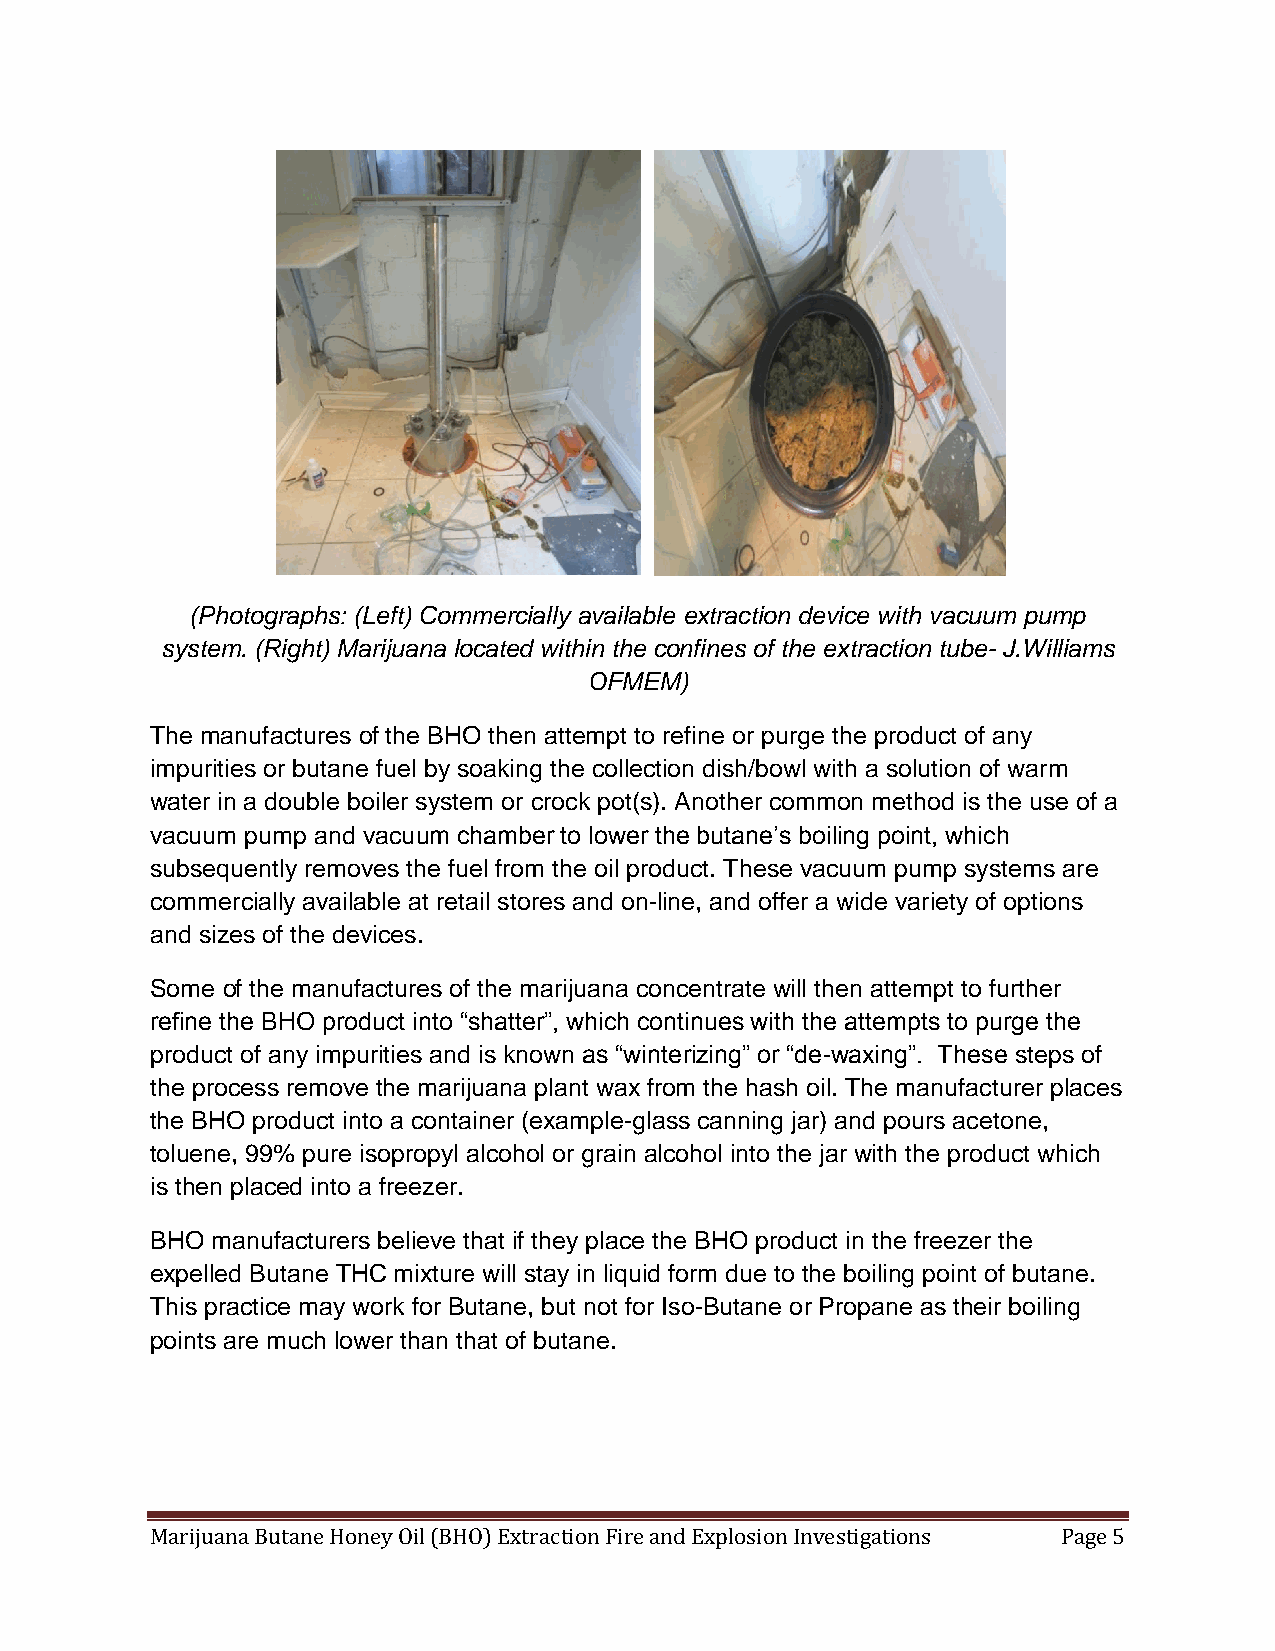
(Photographs: (Left) Commercially available extraction device with vacuum pump
 system. (Right) Marijuana located within the confines of the extraction tube- J.Williams
 OFMEM)
 The manufactures of the BHO then attempt to refine or purge the product of any
 impurities or butane fuel by soaking the collection dish/bowl with a solution of warm
 water in a double boiler system or crock pot(s). Another common method is the use of a
 vacuum pump and vacuum chamber to lower the butane’s boiling point, which
 subsequently removes the fuel from the oil product. These vacuum pump systems are
 commercially available at retail stores and on-line, and offer a wide variety of options
 and sizes of the devices.
 Some of the manufactures of the marijuana concentrate will then attempt to further
 refine the BHO product into “shatter”, which continues with the attempts to purge the
 product of any impurities and is known as “winterizing” or “de-waxing”. These steps of
 the process remove the marijuana plant wax from the hash oil. The manufacturer places
 the BHO product into a container (example-glass canning jar) and pours acetone,
 toluene, 99% pure isopropyl alcohol or grain alcohol into the jar with the product which
 is then placed into a freezer.
 BHO manufacturers believe that if they place the BHO product in the freezer the
 expelled Butane THC mixture will stay in liquid form due to the boiling point of butane.
 This practice may work for Butane, but not for Iso-Butane or Propane as their boiling
 points are much lower than that of butane.
 Marijuana Butane Honey Oil (BHO) Extraction Fire and Explosion Investigations Page 5